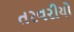
તરવરીયો